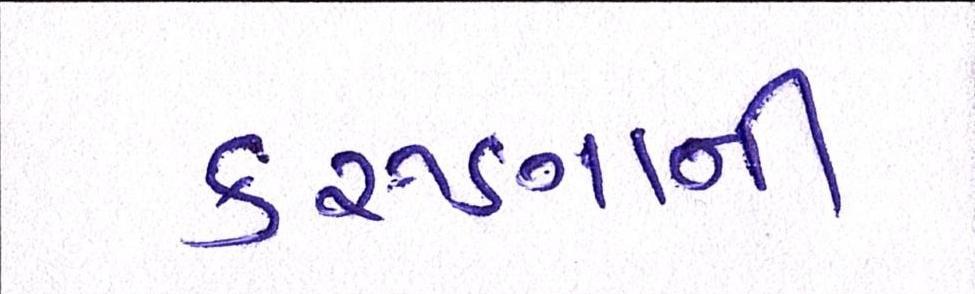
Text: કરુણાની